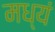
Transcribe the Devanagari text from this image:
मध्यं